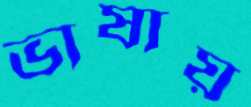
ভাষায়